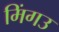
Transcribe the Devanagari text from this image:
मिंगउ